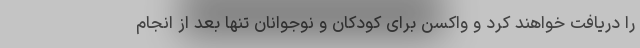
را دریافت خواهند کرد و واکسن برای کودکان و نوجوانان تنها بعد از انجام